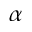
\alpha